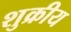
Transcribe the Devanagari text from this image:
शुक्रीय